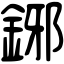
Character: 鋣